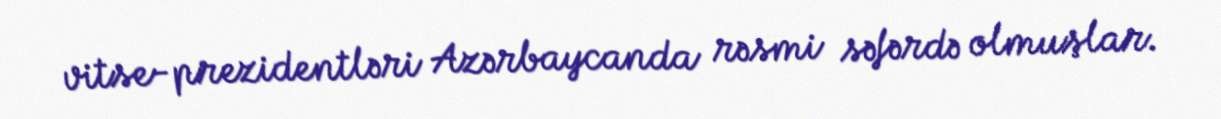
vitse-prezidentləri Azərbaycanda rəsmi səfərdə olmuşlar.